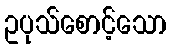
ဥပုသ်စောင့်သော